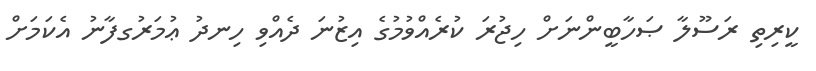
ކީރިތި ރަސޫލާ ޞަހާބީންނަށް ހިޖުރަ ކުރެއްވުމުގެ އިޒުނަ ދެއްވި ހިނދު ޢުމަރުގފާނު އެކަމަށް